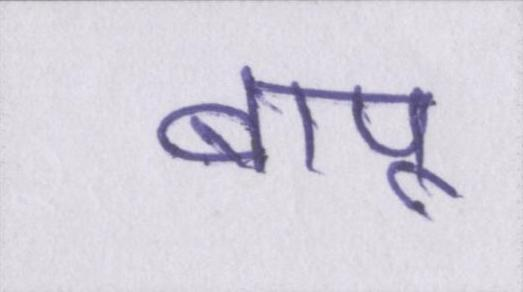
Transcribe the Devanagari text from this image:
बापू